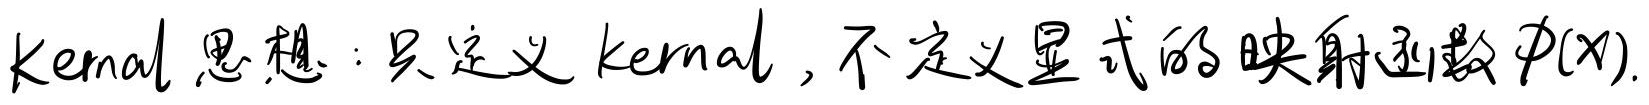
Kernal思想：只定义kernal, 不定义显式的映射函数\(\phi(x)\)。